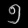
Digit: ၅